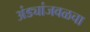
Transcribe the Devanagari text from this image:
अंड्यांजवळचा